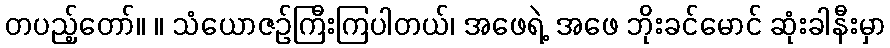
တပည့်တော်။ ။ သံယောဇဉ်ကြီးကြပါတယ်၊ အဖေရဲ့ အဖေ ဘိုးခင်မောင် ဆုံးခါနီးမှာ